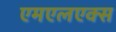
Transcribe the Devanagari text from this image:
एमएलएक्स